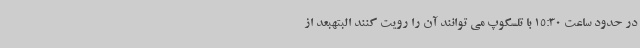
در حدود ساعت 15:30 با تلسکوپ می توانند آن را رویت کنند البتهبعد از